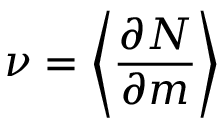
\nu = \left< \frac { \partial N } { \partial m } \right>